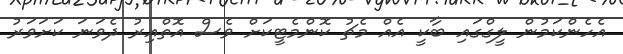
އެހެންކަމުން ލީގްގައި ބާކީ އެއް މެޗު ކޮންމެޓީކަށް ވެސް އޮތްއިރު ދެވަނަ ކަށަވަރު